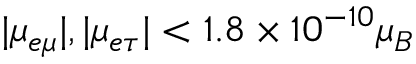
| \mu _ { e \mu } | , | \mu _ { e \tau } | < 1 . 8 \times 1 0 ^ { - 1 0 } \mu _ { B }